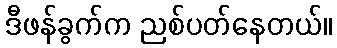
ဒီဖန်ခွက်က ညစ်ပတ်နေတယ်။